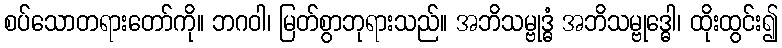
စပ်သောတရားတော်ကို။ ဘဂဝါ၊ မြတ်စွာဘုရားသည်။ အဘိသမ္ဗုဒ္ဓံ အဘိသမ္ဗုဒ္ဓေါ၊ ထိုးထွင်း၍